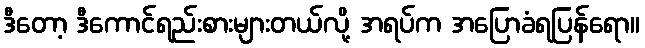
ဒီတော့ ဒီကောင်ရည်းစားများတယ်လို့ အရပ်က အပြောခံရပြန်ရော။